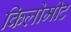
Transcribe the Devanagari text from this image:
किलोमीट